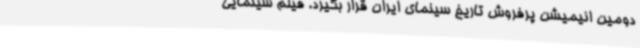
دومین انیمیشن پرفروش تاریخ سینمای ایران قرار بگیرد. فیلم سینمایی